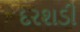
દરશડી